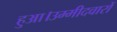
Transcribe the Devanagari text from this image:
हुआ।उम्मीदवारों